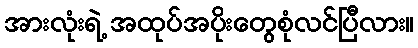
အားလုံးရဲ့ အထုပ်အပိုးတွေစုံလင်ပြီလား။